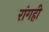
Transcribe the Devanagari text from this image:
रांगही